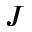
J